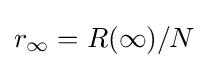
r_{\infty }=R(\infty )/N